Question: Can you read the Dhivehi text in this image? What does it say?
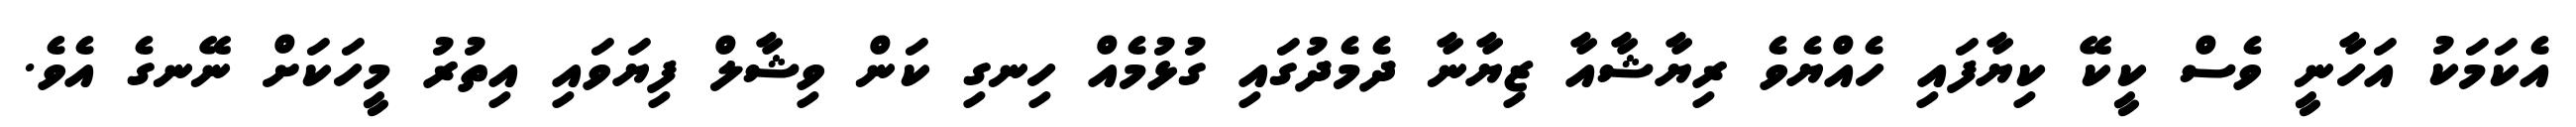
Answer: އެކަމަކު އަހާނީ ވެސް ކީކޭ ކިޔާފައި ހެއްޔެވެ ރިޔާޝާއާ ޒިޔާނާ ދެމެދުގައި ގުޅުމެއް ހިނގި ކަން ވިޝާލް ފިޔަވައި އިތުރު މީހަކަށް ނޭނގެ އެވެ.